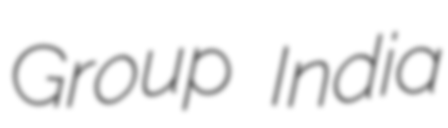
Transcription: Group India